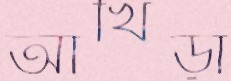
আখিড়া